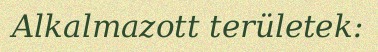
Alkalmazott területek: